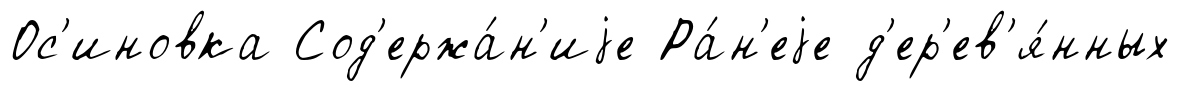
Ос'иновка Сод'ержа́н'иjе Ра́н'еjе д'ер'ев'я́нных